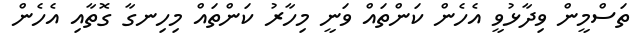
ތަސްމީން ވިދާޅުވީ އެހެން ކަންތައް ވަނީ މިހާރު ކަންތައް މިހިނގާ ގޮތާއި އެހެން